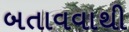
બતાવવાથી